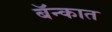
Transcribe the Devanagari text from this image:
बॅन्कात